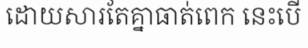
ដោយសារតែគ្នាធាត់ពេក នេះបើ